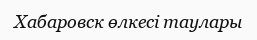
Хабаровск өлкесі таулары